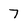
Character: 7